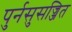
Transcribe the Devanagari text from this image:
पुर्नसुसज्जित